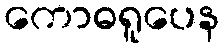
ကောဓရူပေန